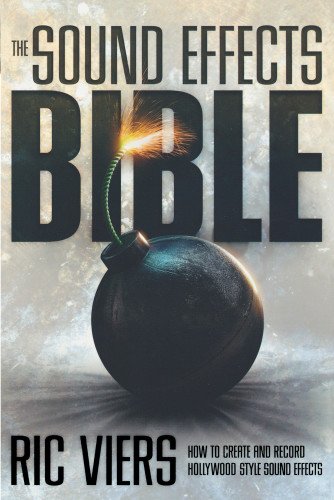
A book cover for The Sound Effects Bible: How to Create and Record Hollywood Style Sound Effects; Ric Viers; Humor & Entertainment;